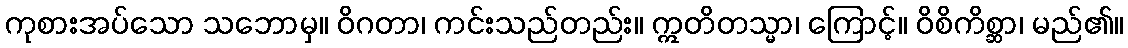
ကုစားအပ်သော သဘောမှ။ ဝိဂတာ၊ ကင်းသည်တည်း။ ဣတိတသ္မာ၊ ကြောင့်။ ဝိစိကိစ္ဆာ၊ မည်၏။